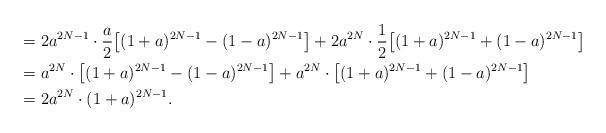
LaTeX: \begin{align*}\ \ &= 2 a^{2N-1} \cdot \frac{a}{2}\big[ (1+a)^{2N-1} - (1-a)^{2N-1} \big]+ 2 a^{2N} \cdot \frac{1}{2}\big[ (1+a)^{2N-1} + (1-a)^{2N-1} \big]\\&= a^{2N} \cdot \big[ (1+a)^{2N-1} - (1-a)^{2N-1} \big]+ a^{2N} \cdot \big[ (1+a)^{2N-1} + (1-a)^{2N-1} \big]\\&= 2 a^{2N} \cdot (1+a)^{2N-1}.\end{align*}